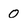
Character: 0